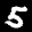
Label: 5